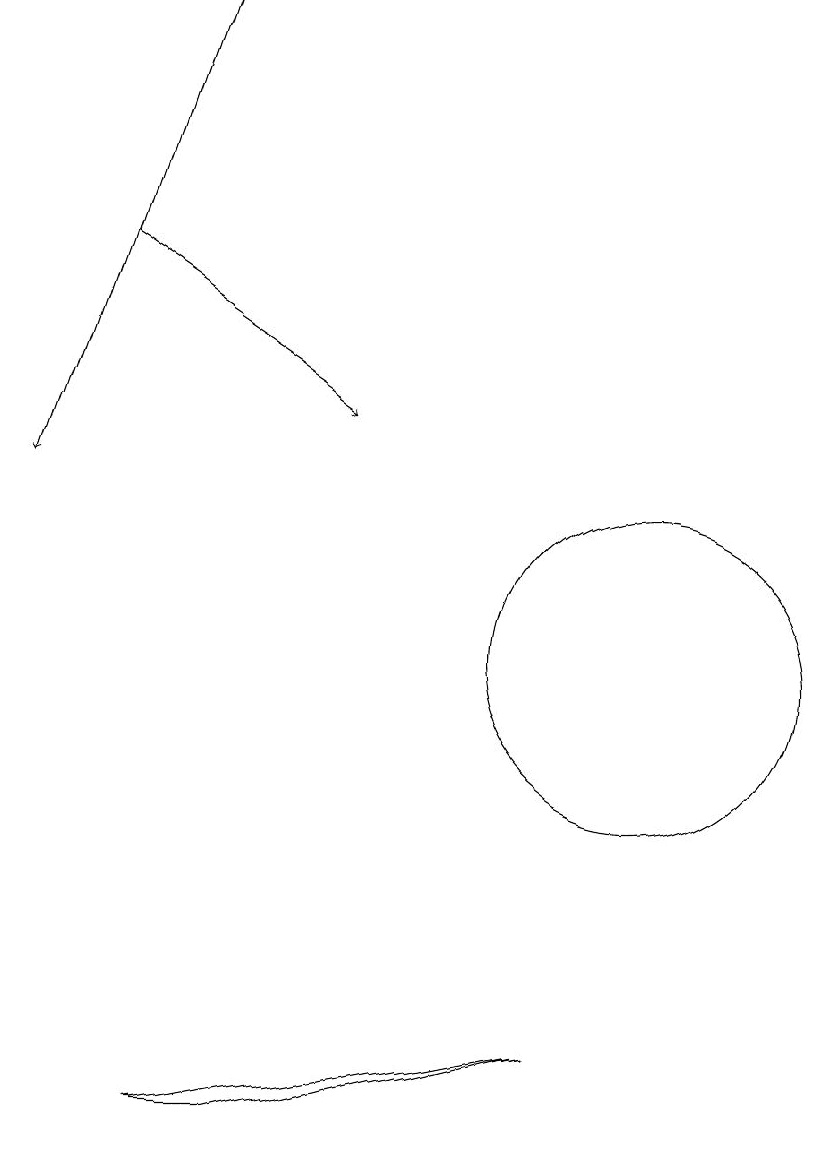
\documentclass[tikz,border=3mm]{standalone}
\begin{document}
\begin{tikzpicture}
\draw (10,11) circle (2);
\draw[->] (3,16) -- (6,14);
\draw (4,5) -- (9,6) -- (5,5) -- cycle;
\draw[->] (4,19) -- (2,13);
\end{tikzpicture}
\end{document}